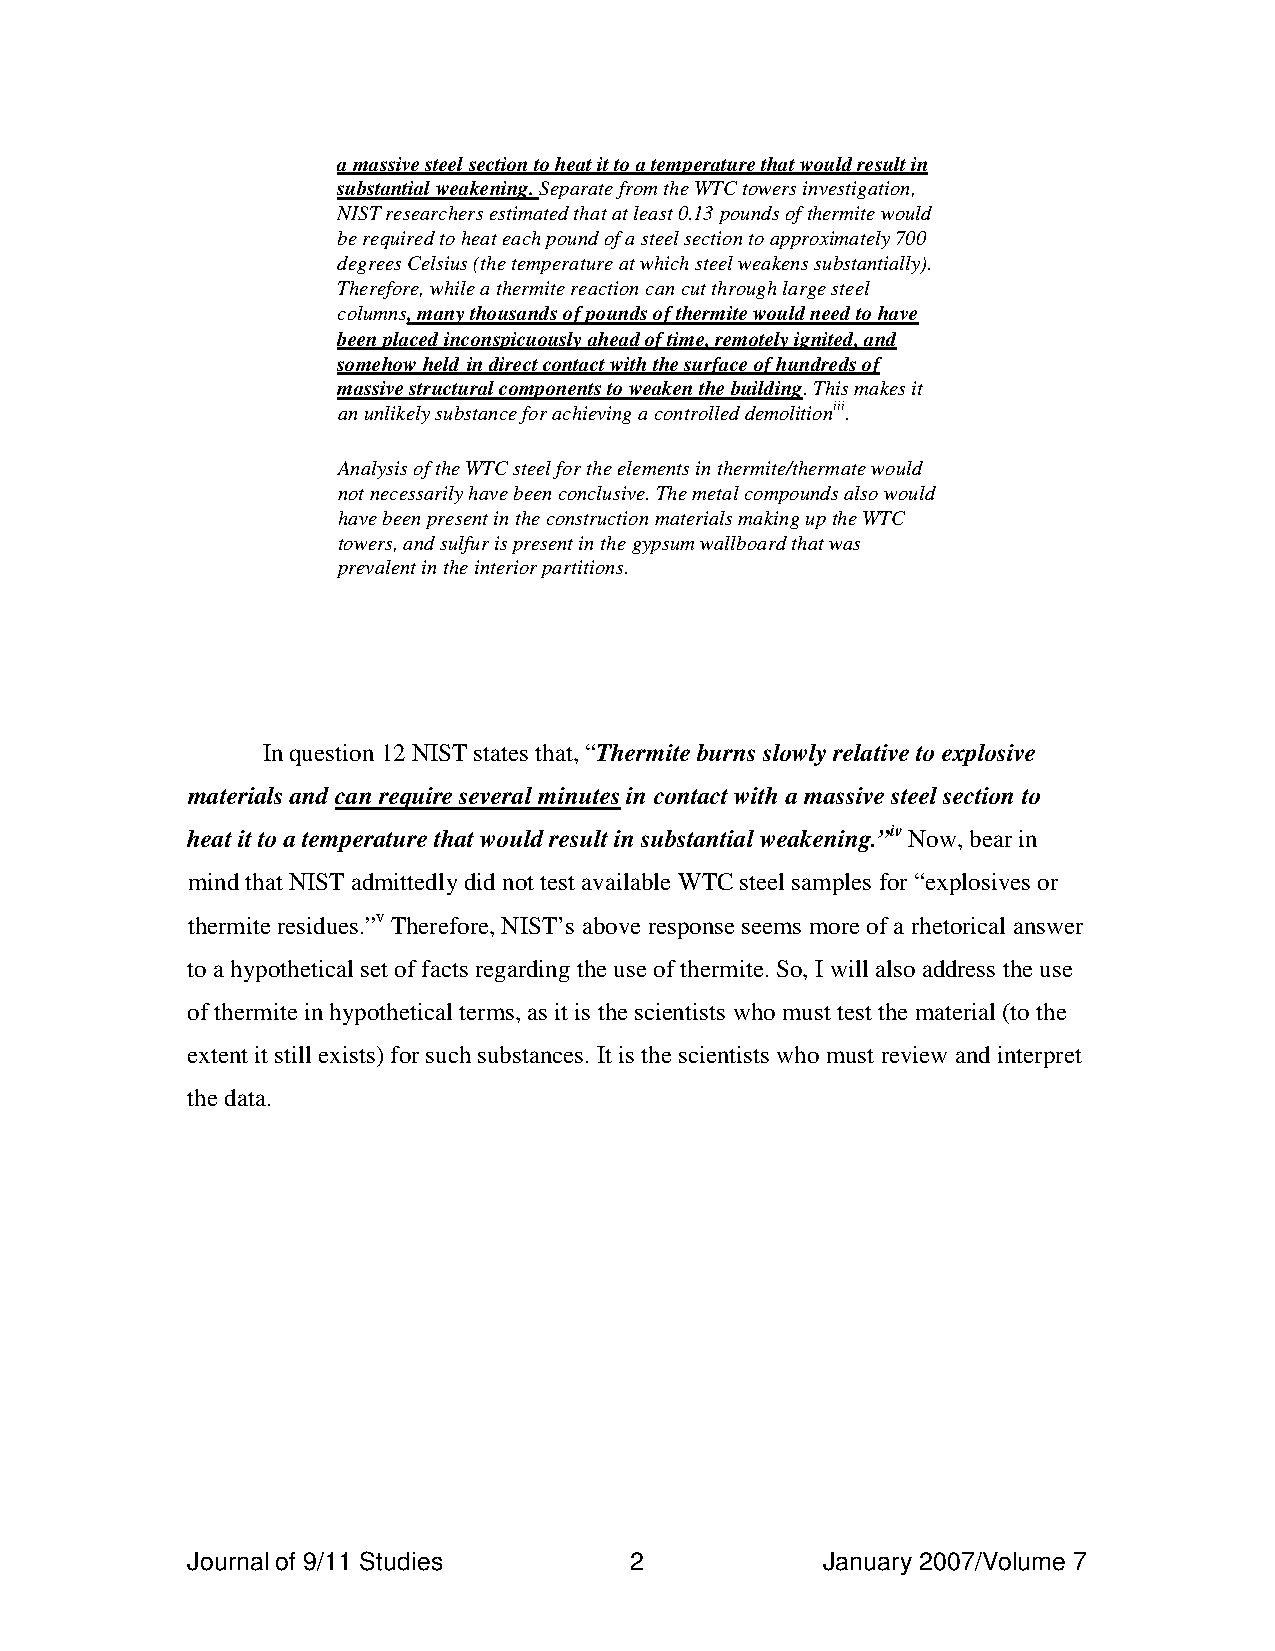
a massive steel section to heat it to a temperature that would result in
 substantial weakening. Separate from the WTC towers investigation,
 NIST researchers estimated that at least 0.13 pounds of thermite would
 be required to heat each pound of a steel section to approximately 700
 degrees Celsius (the temperature at which steel weakens substantially).
 Therefore, while a thermite reaction can cut through large steel
 columns, many thousands of pounds of thermite would need to have
 been placed inconspicuously ahead of time, remotely ignited, and
 somehow held in direct contact with the surface of hundreds of
 massive structural components to weaken the building. This makes it
 an unlikely substance for achieving a controlled demolitioniii.
 Analysis of the WTC steel for the elements in thermite/thermate would
 not necessarily have been conclusive. The metal compounds also would
 have been present in the construction materials making up the WTC
 towers, and sulfur is present in the gypsum wallboard that was
 prevalent in the interior partitions.
 In question 12 NIST states that, “Thermite burns slowly relative to explosive
 materials and can require several minutes in contact with a massive steel section to
 heat it to a temperature that would result in substantial weakening.”iv Now, bear in
 mind that NIST admittedly did not test available WTC steel samples for “explosives or
 thermite residues.”v Therefore, NIST’s above response seems more of a rhetorical answer
 to a hypothetical set of facts regarding the use of thermite. So, I will also address the use
 of thermite in hypothetical terms, as it is the scientists who must test the material (to the
 extent it still exists) for such substances. It is the scientists who must review and interpret
 the data.
 Journal of 9/11 Studies       2            January 2007/Volume 7